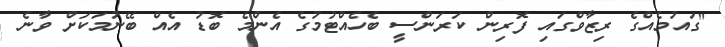
"ގައުމެއްގެ ރިޒާވްގައި ފޮރިން ކަރަންސީ ބެހެއްޓުމުގެ އެންމެ ބޮޑު އެއް ބޭނުމަކަށް ވާނެ